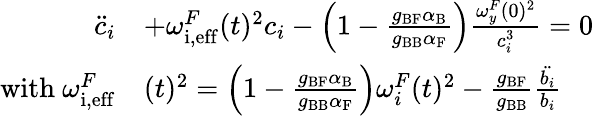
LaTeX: \begin{array}{rl}{\ddot{c}_{i}}&{+{{\omega_{\mathrm{i,eff}}^{F}}}(t)^{2}c_{i}-\left(1-\frac{g_{\mathrm{BF}}\alpha_{\mathrm{B}}}{g_{\mathrm{BB}}\alpha_{\mathrm{F}}}\right)\frac{{\omega_{y}^{F}}(0)^{2}}{c_{i}^{3}}=0}\\ {{\mathrm{with~}{\omega_{\mathrm{i,eff}}^{F}}}}&{(t)^{2}=\left(1-\frac{g_{\mathrm{BF}}\alpha_{\mathrm{B}}}{g_{\mathrm{BB}}\alpha_{\mathrm{F}}}\right){\omega_{i}^{F}}(t)^{2}-\frac{g_{\mathrm{BF}}}{g_{\mathrm{BB}}}\frac{\ddot{b_{i}}}{b_{i}}}\end{array}